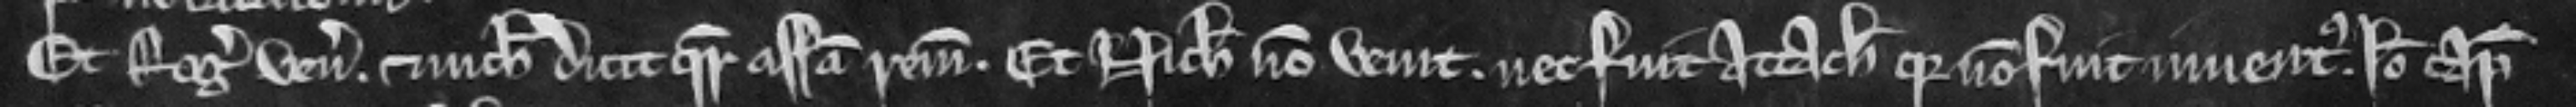
Et Rogerus venit et nichil dicit quare assisa remaneat. Et Nicholaus non venit nec fuit attachiatus quia non fuit inventus. Ideo capiatur